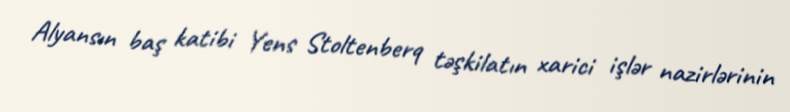
Alyansın baş katibi Yens Stoltenberq təşkilatın xarici işlər nazirlərinin